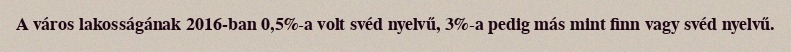
A város lakosságának 2016-ban 0,5%‑a volt svéd nyelvű, 3%‑a pedig más mint finn vagy svéd nyelvű.